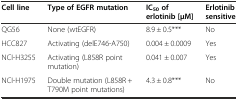
| Cell line | Type of EGFR mutation | IC50of erlotinib [μM] | Erlotinib sensitive |
 | --- | --- | --- | --- |
 | QG56 | None (wtEGFR) | 8.9 ± 0.5*** | No |
 | HCC827 | Activating (delE746-A750) | 0.004 ± 0.0009 | Yes |
 | NCI-H3255 | Activating (L858R point mutation) | 0.041 ± 0.007 | Yes |
 | NCI-H1975 | Double mutation (L858R + T790M point mutations) | 4.3 ± 0.8*** | No |